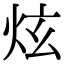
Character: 炫